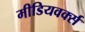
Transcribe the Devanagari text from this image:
मीडियवर्क्स